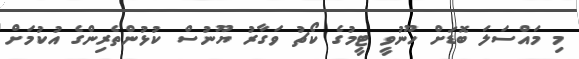
މި މައްސަލަ ބޮޑަށް ހޫނުވީ ޓީމުގެ ކޯޗު ވަގާރު ޔޫނުސް ކުޅުންތެރިންގެ އުކުމަށް